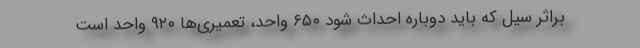
براثر سیل که باید دوباره احداث شود ۶۵۰ واحد، تعمیری‌ها ۹۲۰ واحد است